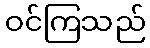
ဝင်ကြသည်